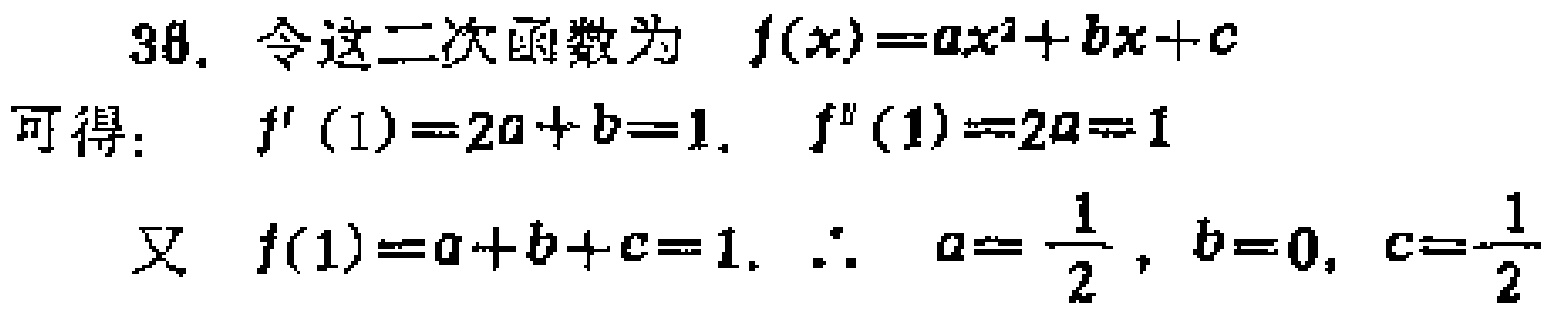
30. 令这二次函数为 \( f(x)=ax^{2}+bx + c\)
可得： \( f^{\prime}(1)=2a + b = 1\). \( f^{\prime\prime}(1)=2a = 1\)
又 \( f(1)=a + b + c = 1\). \(\therefore a=\frac{1}{2}, b = 0, c=\frac{1}{2}\)